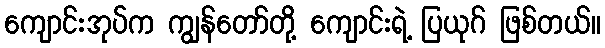
ကျောင်းအုပ်က ကျွန်တော်တို့ ကျောင်းရဲ့ ပြယုဂ် ဖြစ်တယ်။